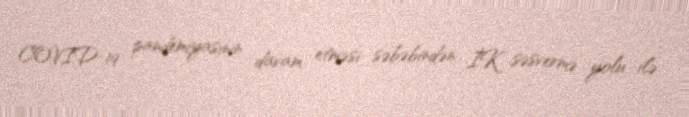
COVID-19 pandemiyasının davam etməsi səbəbindən İK səsvermə yolu ilə